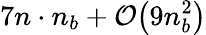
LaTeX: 7n\cdot n_{b}+\mathcal{O}\big(9n_{b}^{2}\big)